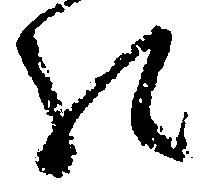
の